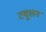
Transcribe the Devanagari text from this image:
टयूशन